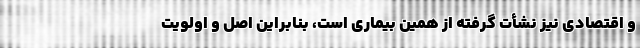
و اقتصادی نیز نشأت گرفته از همین بیماری است، بنابراین اصل و اولویت